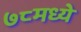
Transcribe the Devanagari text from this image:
७८मध्ये